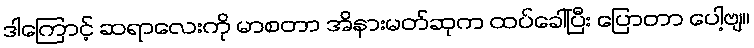
ဒါကြောင့် ဆရာလေးကို မာစတာ အိနားမတ်ဆုက ထပ်ခေါ်ပြီး ပြောတာ ပေါ့ဗျ။